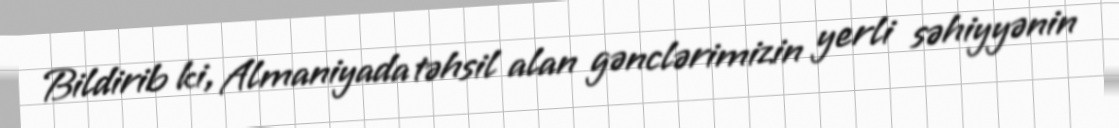
Bildirib ki, Almaniyada təhsil alan gənclərimizin yerli səhiyyənin